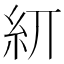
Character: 𥾎